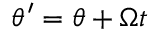
\theta ^ { \prime } = \theta + \Omega t